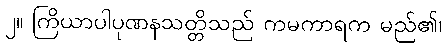
၂။ ကြိယာပါပုဏနသတ္တိသည် ကမကာရက မည်၏၊